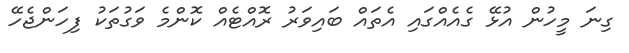
ގިނަ މީހުން އުޅޭ ގެއެއްގައި އެތައް ބައިވަރު ރޮއްޓެއް ކޮންމެ ވަގުތަކު ފިހަންޖެހޭ